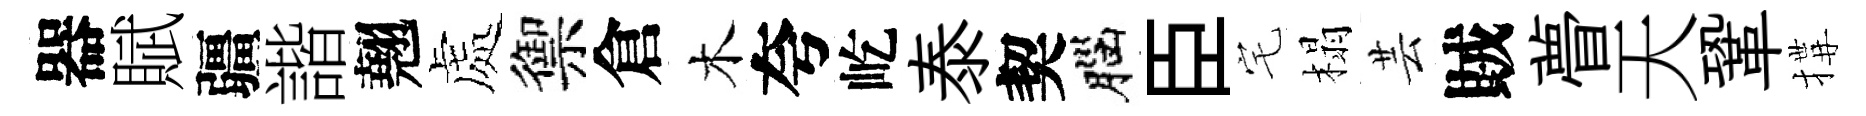
器賦疆諧翹處禦倉木夸屹泰契腦臣宅榻芸賊瞢天鞏搆